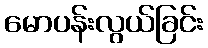
မောပန်းလွယ်ခြင်း